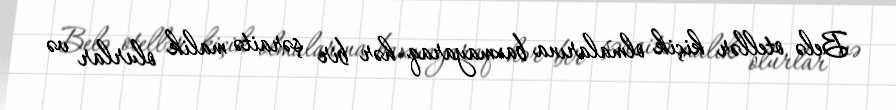
Belə otellər kiçik olmalarına baxmayaraq hər bir şəraitə malik olurlar və